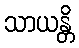
သာယန္တိ